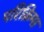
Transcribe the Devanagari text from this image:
परिक्रिमा